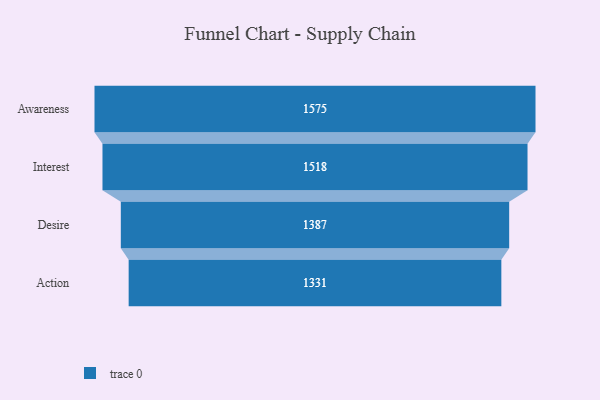
{"axis": {"x": "Stage", "y": "Value"}, "legend": [""], "data": [{"x": "Awareness", "y": 1575.0, "type": ""}, {"x": "Interest", "y": 1518.0, "type": ""}, {"x": "Desire", "y": 1387.0, "type": ""}, {"x": "Action", "y": 1331.0, "type": ""}]}